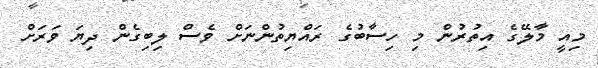
މިއީ މާލޭގެ އިތުރުން މި ހިސާބުގެ ރައްޔިތުންނަށް ވެސް ލިބިގެން ދިޔަ ވަރަށް